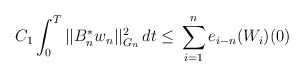
\begin{align*}C_1 \int_0^T ||B_n^{\ast}w_n||_{G_n}^2 \,dt \le\, \displaystyle{\sum_{i=1}^n e_{i-n}(W_i)(0)}\end{align*}